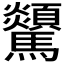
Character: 𩧔